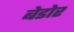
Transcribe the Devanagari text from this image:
बेडोर